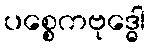
ပစ္စေကဗုဒ္ဓေါ